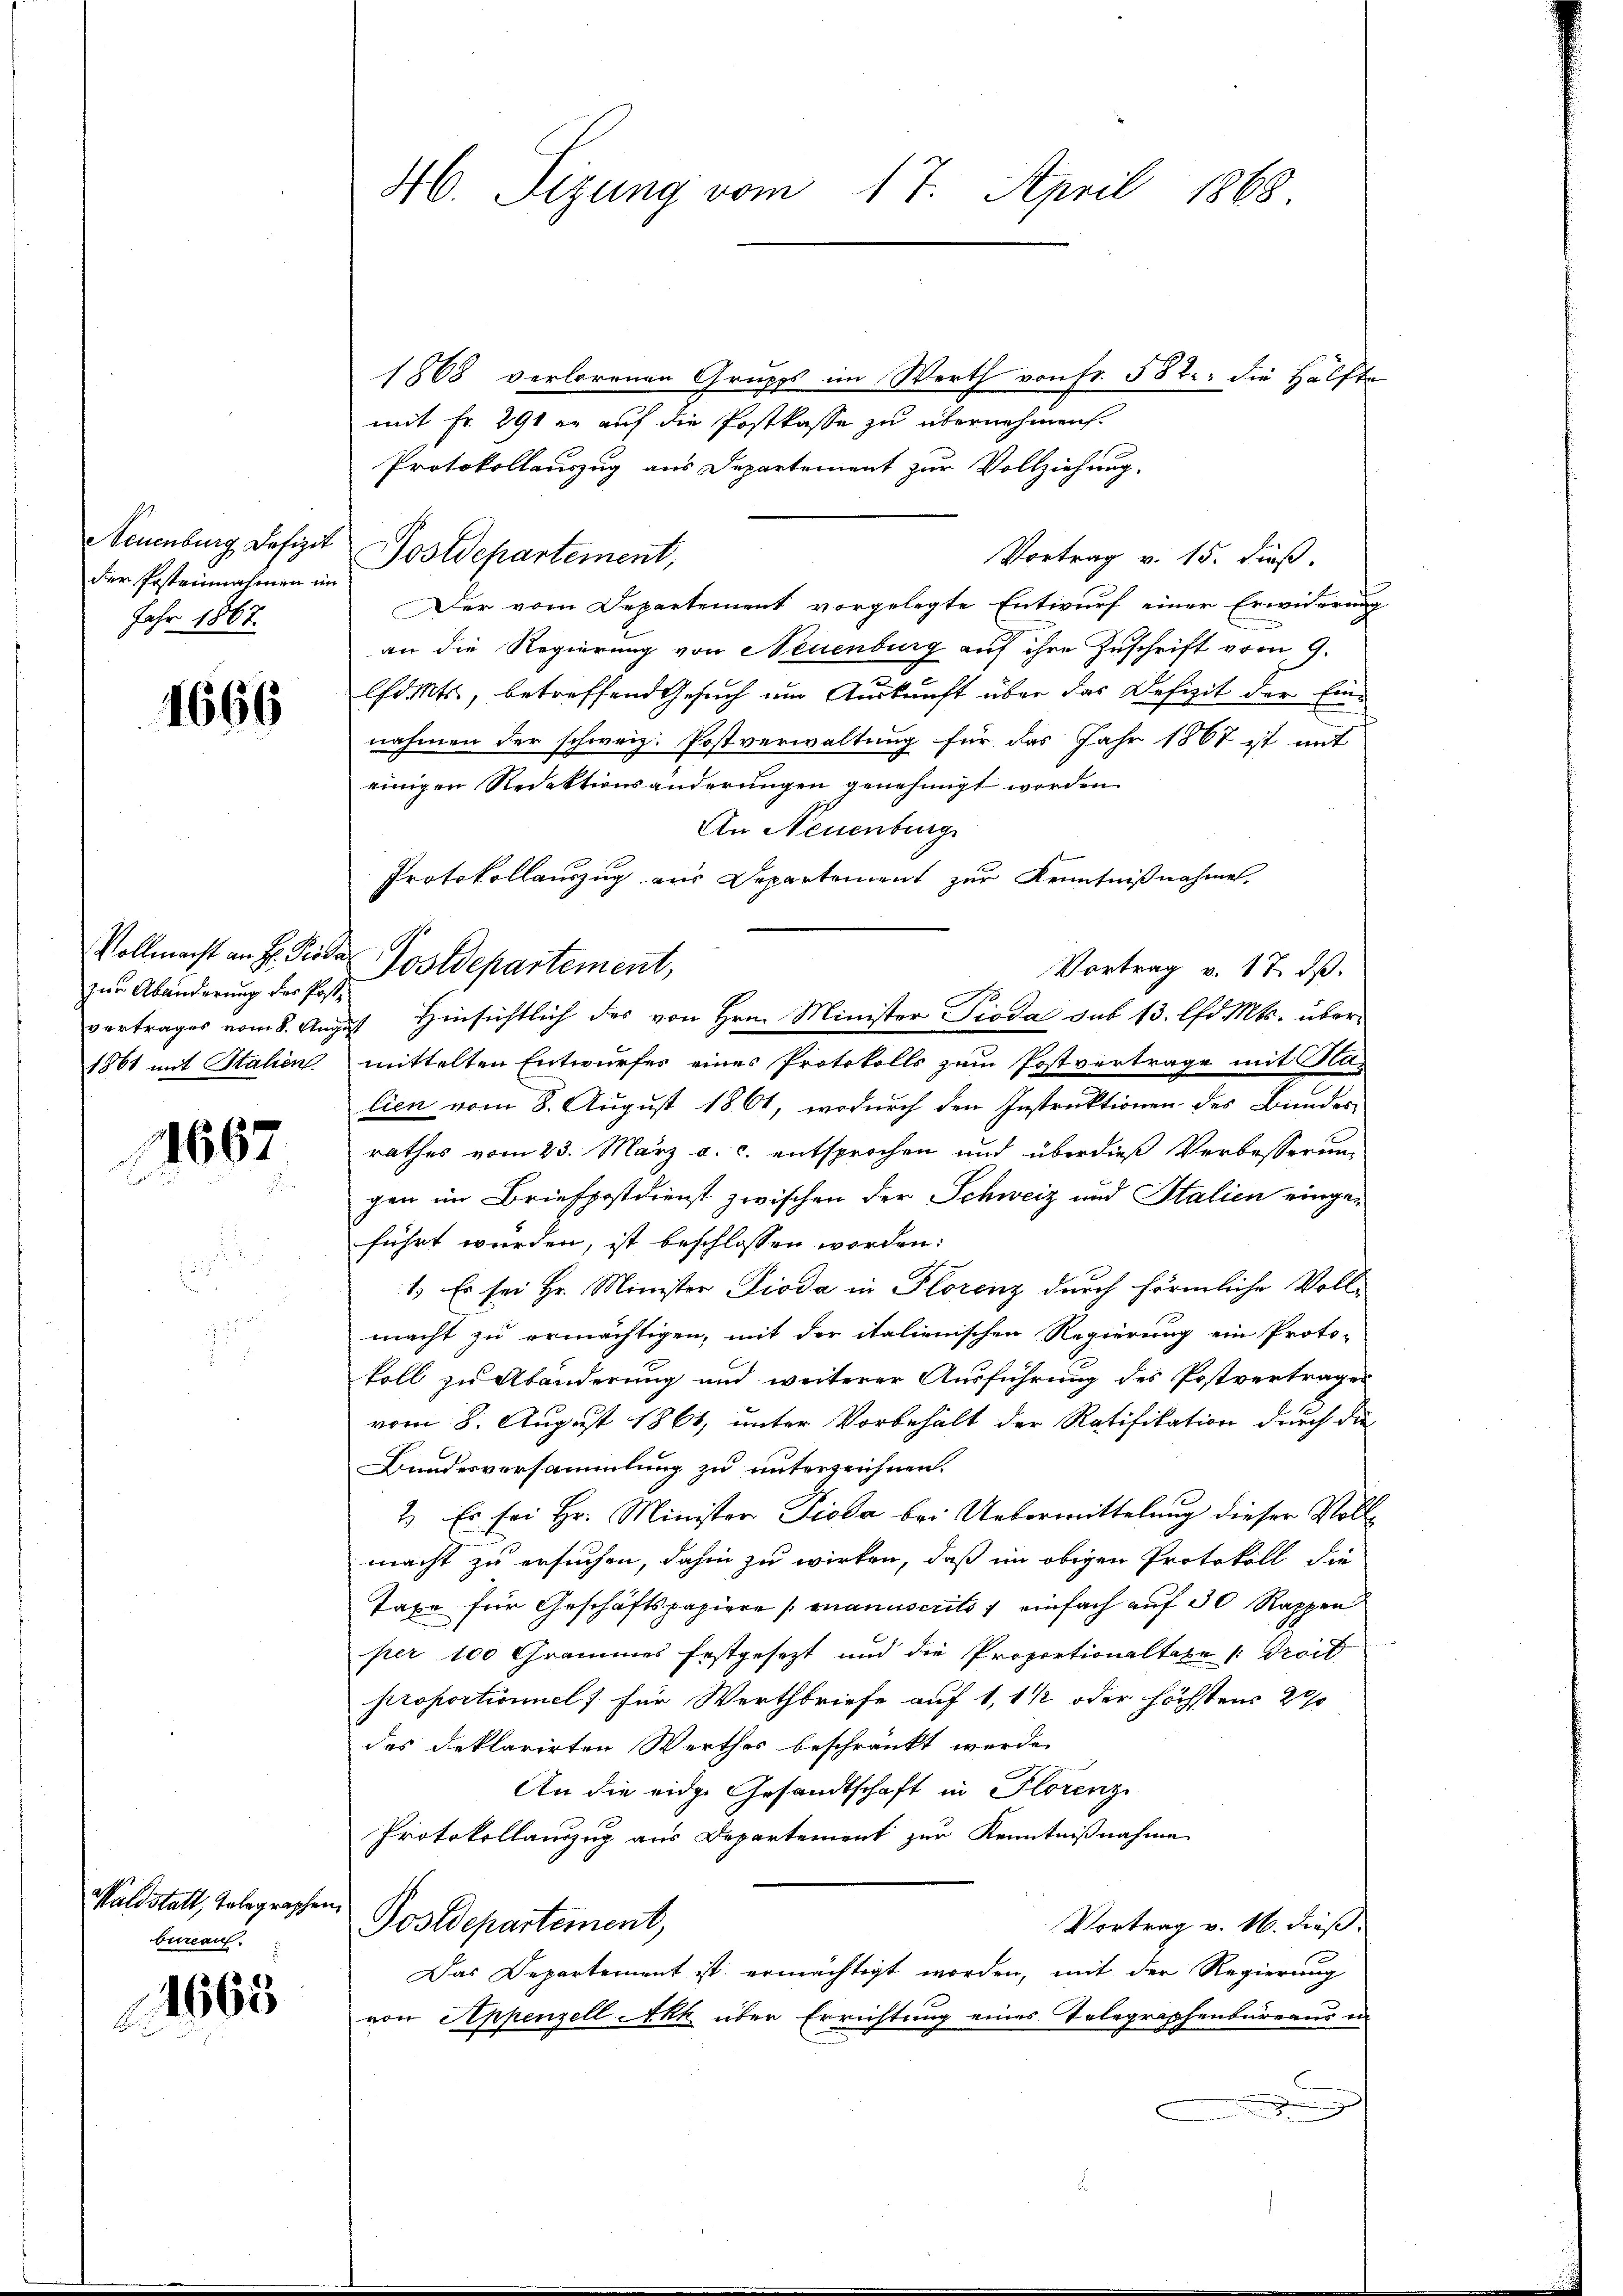
Seuenburg Defizit
der Posteinahmen in
Jahr 1867.

1666

zur Abänderung des Post¬
1861 mit Stalien.

4667
n

Waldstalt, Telegraphen
bureau.

1665

M. Sizung vom 17. April 1868

1868 verlorenen Grupp im Werth von Fr. 582. die Hälfte
mit Fr. 291 er auf die Postkasse zu übernehmen.
Protokollauszug aus Departement zur Vollziehung.
u Postdepartement,
Vortrag v. 15. dieß.
Der vom Departement vorgelegte Entwurf einer Erwiderung
an die Regierung von Neuenburg auf ihre Zuschrift vom 9.
lfd. Mts., betreffend Gesuch um Auskunft über das Defizit der Einnahmen der schweiz. Postverwaltung für das Jahr 1867 ist mit
einigen Redaktionsänderungen genehmigt worden.
An Neuenburg
Protokollauszug aus Departement zur Kenntnißnahme.
Vollmacht an Hr. Frieder Postdepartement,
Vortrag v. 17. ds.
S
vertrages vom 8. August Hinsichtlich des von Hrn. Minister Pioda sub 13. lfd. Mts. übermittelten Entwurfes eines Protokolls zum Postvertrage mit Kalien vom 8. August 1861, wodurch den Instruktionen des Bundes-
rathes vom 23. März a. c. entsprochen und überdieß Verbesserung
gen im Briefpostdienst zwischen der Schweiz und Stalien eingeführt wurden, ist beschlossen worden.
b
1. Es sei Hr. Minister Pioda in Florenz durch förmliche Vollmacht zu ermächtigen, mit der italienischen Regierung ein Proto-
koll zu Abänderung und weiterer Ausführung des Postvertrages
vom 8. August 1861, unter Vorbehält der Ratifikation durch die
Bundesversammlung zu unterzeichnen.
2. Er sei Hr. Minister Pioda bei Uebermittelung dieser Vollmacht zu ersuchen, dahin zu wirken, daß im obigen Protokoll die
Taxe für Geschäftspapiere (onanuscrits 1 einfach auf 30 Rappen
per 100 Grammes festgesezt und die Proportionaltaxe |: Troid
proportioniel) für Werthbriefe auf 1,1 1/2 oder höchstens 20%
des Deklarirten Werthes beschränkt werde.
An die eidge Gesandtschaft in Florenz
Protokollauszug aus Departement zur Kenntnißnahme
2
Postdepartement,
Vortrag v. 16. dieß.
Das Departement ist ermächtigt worden, mit der Regierung
von Appenzell Akk über Errichtung eines Telegraphenbureaus in